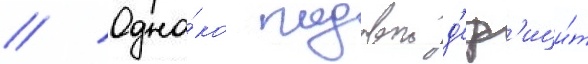
// Одна́ко годовои д'еф'ици́т